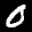
Label: 0